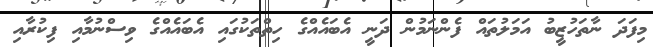
މިފަދަ ނާތަހުޒީބު އަމަލުތައް ފެންނަމުން ދަނީ އެބައެއްގެ ހިތްތަކުގައި އެބައެއްގެ ވިސްނުމާއި ފިކުރާއި